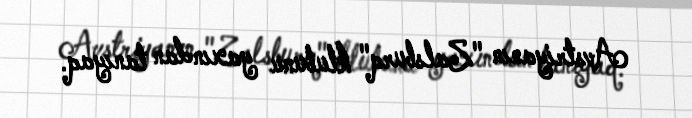
Avstriyanın "Zalsburq" klubunu yaxından tanıyaq.